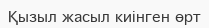
Қызыл жасыл киінген өрт